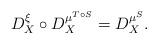
LaTeX: \begin{align*}D^\xi_X\circ D^{\mu^{T\circ S}}_X=D^{\mu^S}_X.\end{align*}